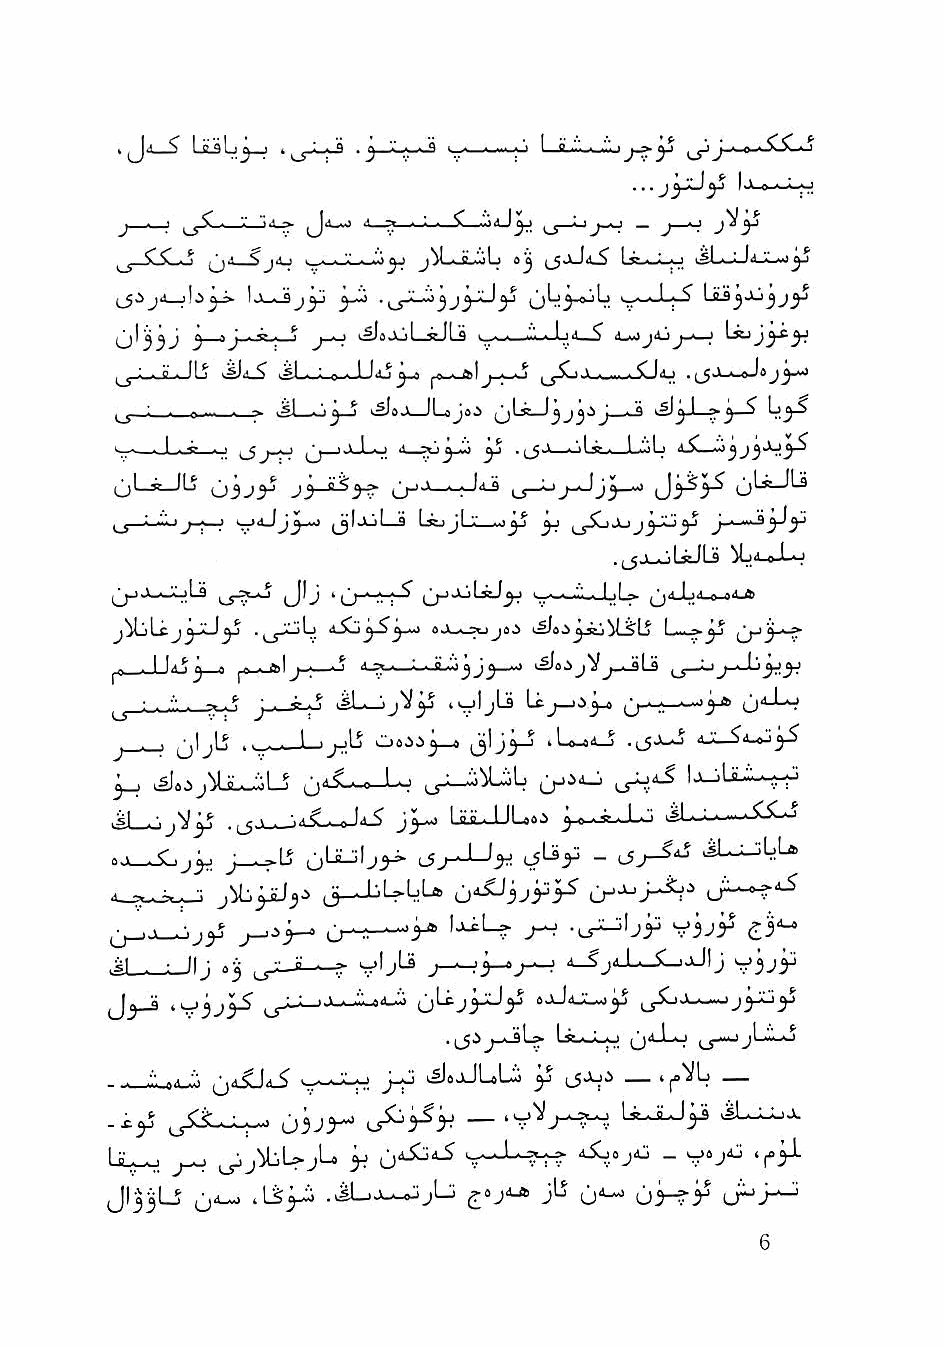
'   ^ Le^L^-j >  ^ V ,■ • I— j I
 j - '  ■ V ~- Jii-vj i<,_^ . ; . C ■"■""'J^ »_s—^ — j ^
 SlSC-o ■' <jA ■ ^ j^-.j..'iiL 9^ (_5jJ(i^ Lj5»\_w.j
 il^^J»- l.>—^y   ^j  ^
 ^1^^^ ^ Jii- i^,-_ j i^f*.x \l -g f! Q ^ II ■_■'•■ - I < ■< ^ d»i,^
 ^ •■■■° - ^ 1.^4^ '^1 - • n ■ ^ ^ J ^ ^ ■ ^1 ■_... . C l<< 1 ^
 : - - ■■■ ■ ~ .isl .'. J ^ >^B j»_JLo joi ^^Lg-Jj J j J j_. ^ <5ljJ__>^—5 Ij^-S
 ^ - ■ I ■ ^       ■* 77'^ ' ^ ^.i - 'iI ^ ■ 1 ■"I I 4^—
 ^jLstJLS oij>^ ji-^3^ u-"-*—      ^
 kjjdJj^j--) (j|jjL_a [jgjjL: ^ u5L>j-i J-'-
 .(_jJl-JI^I-S el '.'
 ' -I li' 1 1 il -I ^ii,Lh,o 9Ajt>
 ^^Lj               ^ iM>        ^'i\j.*^L? I ... 3
 I^J_JJ4J ^—s j9_-Jsl j-;—^ Juj j J ^_0 jV_/_JU ^^y_oj-Jjiyy
 ■ . " . -. . ^ J . ^ ^ ,|Sl . '.jVrj^ iVjljLi I . ..ty^ jjll-Lo
 ^        I ■_ .■ I '             ^ .(JJ-«J dJL-S^iWj^
 ^     jMJLs-^Lj ^j<i.5LM—Lo |_jJ—-i^iLjL |jjiii_j jjJj'L? IxjU >' ■ _- o
 jy^ UiJJU«i 3-®-^^^-'-^ ksL-L.—-xXSLu
 9j^-X.j3j j--rL5 ijLiLjIjy- ;_5^,-J-J^ '■^^r - .sUj-iLU
 jj-JjULU
 u' .. '"'^   ^  -^br   vijr
 JL_Ulj  0-j      y'jLs j_^3_9^            y^jy
 J^  i^3j3^           lj'-®j3^y bjJoJL-b^J —Ij^y
 .j_5i       (jd-Lo u.i*ojLii-o
 . .'/_ad .•;. ^jdXJd-? V-— J-H ^s-iJLoLi y l5-^^ —
 03J>^                 U^JLJ^i .sUloJ-
 Li^. ^       h  ^       V-'-'- ?; ?  - V»j^ 'rp-
 .jLi    jlj tj'i—s  a^j-*-j
 -i-iL5 /,4_o .iLdA^ jLi j'i-ft jlj" M'i-^